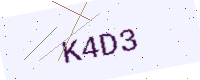
Text: K4D3